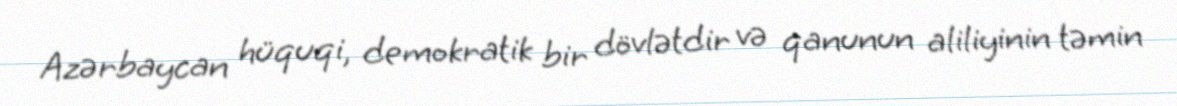
Azərbaycan hüquqi, demokratik bir dövlətdir və qanunun aliliyinin təmin